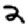
Digit: 2